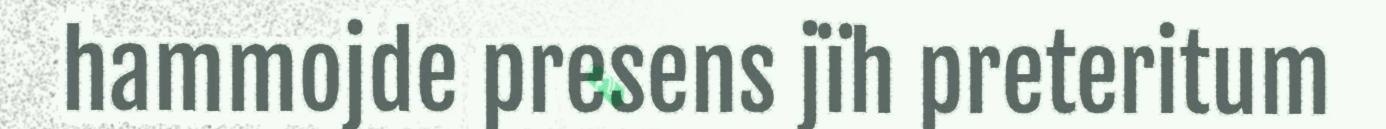
hammojde presens jïh preteritum